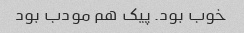
خوب بود. پیک هم مودب بود